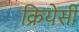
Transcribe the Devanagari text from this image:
क्रियेसी